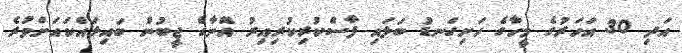
އަދި 30 އަހަރުގެ މީހާގެ ހަށިގަނޑު ބަލައި ފާސްކުރިކުރިއިރު އޭނާގެ ޖީބުން ބައިލައްކައަށްވުރެ